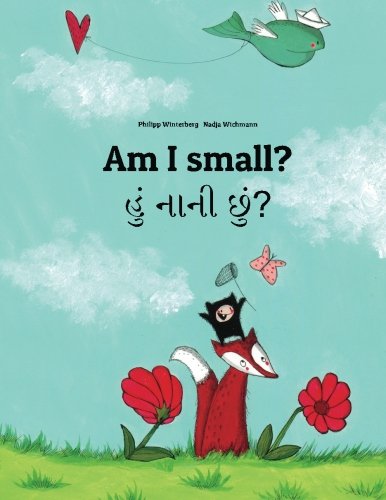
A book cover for Am I small? Hum nani chum?: Children's Picture Book English-Gujarati (Bilingual Edition) (Gujarati Edition); Philipp Winterberg; Children's Books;